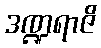
ဒဏ္ဍရာဇိ